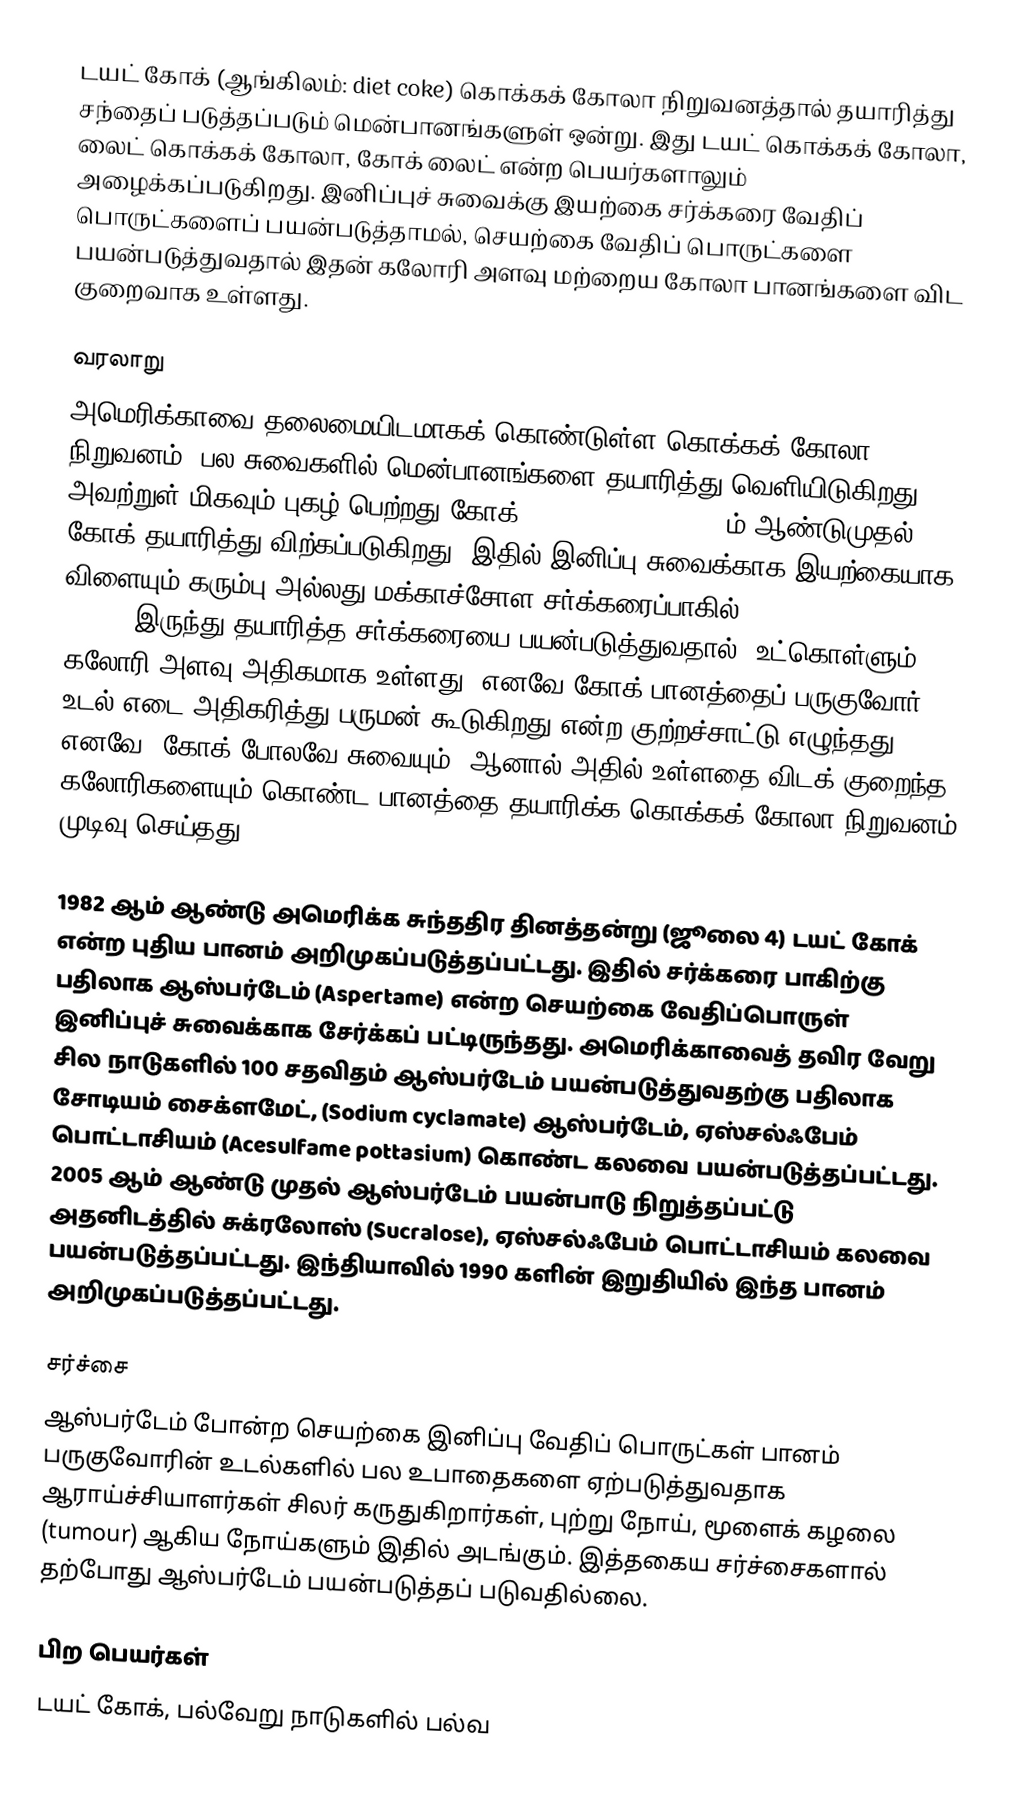
டயட் கோக் (ஆங்கிலம்: diet coke) கொக்கக் கோலா நிறுவனத்தால் தயாரித்து சந்தைப் படுத்தப்படும் மென்பானங்களுள் ஒன்று. இது டயட் கொக்கக் கோலா, லைட் கொக்கக் கோலா, கோக் லைட் என்ற பெயர்களாலும் அழைக்கப்படுகிறது. இனிப்புச் சுவைக்கு இயற்கை சர்க்கரை வேதிப் பொருட்களைப் பயன்படுத்தாமல், செயற்கை வேதிப் பொருட்களை பயன்படுத்துவதால் இதன் கலோரி அளவு மற்றைய கோலா பானங்களை விட குறைவாக உள்ளது.

வரலாறு
அமெரிக்காவை தலைமையிடமாகக் கொண்டுள்ள கொக்கக் கோலா நிறுவனம், பல சுவைகளில் மென்பானங்களை தயாரித்து வெளியிடுகிறது. அவற்றுள் மிகவும் புகழ் பெற்றது கோக் (classic coke). 1886ம் ஆண்டுமுதல் கோக் தயாரித்து விற்கப்படுகிறது. இதில் இனிப்பு சுவைக்காக இயற்கையாக விளையும் கரும்பு அல்லது மக்காச்சோள சர்க்கரைப்பாகில் (high fructose corn syrup) இருந்து தயாரித்த சர்க்கரையை பயன்படுத்துவதால், உட்கொள்ளும் கலோரி அளவு அதிகமாக உள்ளது. எனவே கோக் பானத்தைப் பருகுவோர் உடல் எடை அதிகரித்து பருமன் கூடுகிறது என்ற குற்றச்சாட்டு எழுந்தது. எனவே, கோக் போலவே சுவையும், ஆனால் அதில் உள்ளதை விடக் குறைந்த கலோரிகளையும் கொண்ட பானத்தை தயாரிக்க கொக்கக் கோலா நிறுவனம் முடிவு செய்தது.

1982 ஆம் ஆண்டு அமெரிக்க சுந்ததிர தினத்தன்று (ஜூலை 4) டயட் கோக் என்ற புதிய பானம் அறிமுகப்படுத்தப்பட்டது. இதில் சர்க்கரை பாகிற்கு பதிலாக ஆஸ்பர்டேம் (Aspertame) என்ற செயற்கை வேதிப்பொருள் இனிப்புச் சுவைக்காக சேர்க்கப் பட்டிருந்தது. அமெரிக்காவைத் தவிர வேறு சில நாடுகளில் 100 சதவிதம் ஆஸ்பர்டேம் பயன்படுத்துவதற்கு பதிலாக சோடியம் சைக்ளமேட், (Sodium cyclamate) ஆஸ்பர்டேம், ஏஸ்சல்ஃபேம் பொட்டாசியம் (Acesulfame pottasium) கொண்ட கலவை பயன்படுத்தப்பட்டது. 2005 ஆம் ஆண்டு முதல் ஆஸ்பர்டேம் பயன்பாடு நிறுத்தப்பட்டு அதனிடத்தில் சுக்ரலோஸ் (Sucralose), ஏஸ்சல்ஃபேம் பொட்டாசியம் கலவை பயன்படுத்தப்பட்டது. இந்தியாவில் 1990 களின் இறுதியில் இந்த பானம் அறிமுகப்படுத்தப்பட்டது.

சர்ச்சை
ஆஸ்பர்டேம் போன்ற செயற்கை இனிப்பு வேதிப் பொருட்கள் பானம் பருகுவோரின் உடல்களில் பல உபாதைகளை ஏற்படுத்துவதாக ஆராய்ச்சியாளர்கள் சிலர் கருதுகிறார்கள், புற்று நோய், மூளைக் கழலை (tumour) ஆகிய நோய்களும் இதில் அடங்கும். இத்தகைய சர்ச்சைகளால் தற்போது ஆஸ்பர்டேம் பயன்படுத்தப் படுவதில்லை.

பிற பெயர்கள்
டயட் கோக், பல்வேறு நாடுகளில் பல்வ